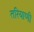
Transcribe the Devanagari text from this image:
तरियाणी